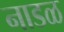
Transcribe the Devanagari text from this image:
नाडळ